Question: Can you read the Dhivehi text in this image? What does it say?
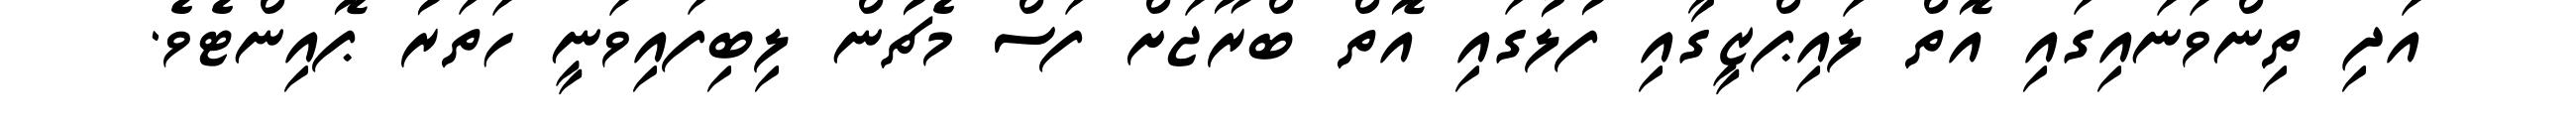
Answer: އަދި ތިންވަނައިގައި އޮތް ލައިޕްޒީގާއި ފުލުގައި އޮތް ބްރޫޖަށް ފަސް މެޗުން ލިބިފައިވަނީ ހަތަރު ޕޮއިންޓެވެ.